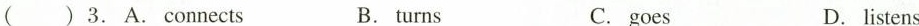
( )3.A.Connects B.turns C.goes D.listens